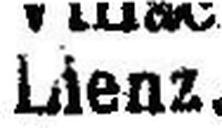
Lienz